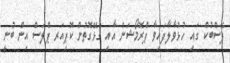
ފޭސްބުކް ގައި ހުޅުވާލާފައިވާ ޕްރޮމޯޝަން އާއި ގުޅޭގޮތުން ކޮޕިއަރ ޕްލަސް އިން ބުނީ